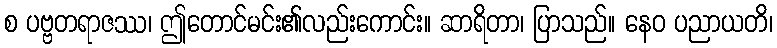
စ ပဗ္ဗတရာဇဿ၊ ဤတောင်မင်း၏လည်းကောင်း။ ဆာရိတာ၊ ပြာသည်။ နေဝ ပညာယတိ၊